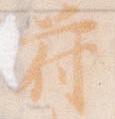
符